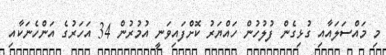
މި މައްސަލައާއި ގުޅިގެން ފުލުހުން ހައްޔަރު ކޮށްފައިވަނީ އުމުރުން 34 އަހަރުގެ އަންހެނަކާއި